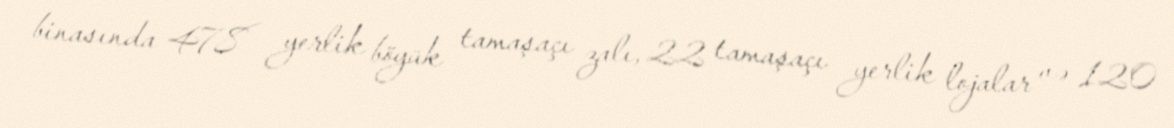
binasında 478 yerlik böyük tamaşaçı zalı, 22 tamaşaçı yerlik lojalar və 120